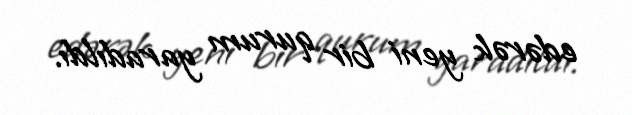
edərək yeni bir qurum yaradıldı.